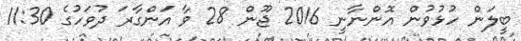
ބީލަން ހުޅުވުން އޮންނާނީ 2016 ޖޫން 28 ވާ އަންގާރަ ދުވަހުގެ 11:30